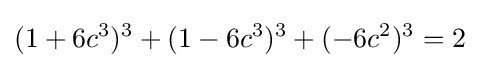
(1+6c^{3})^{3}+(1-6c^{3})^{3}+(-6c^{2})^{3}=2